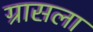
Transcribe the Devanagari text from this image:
ग्रासला